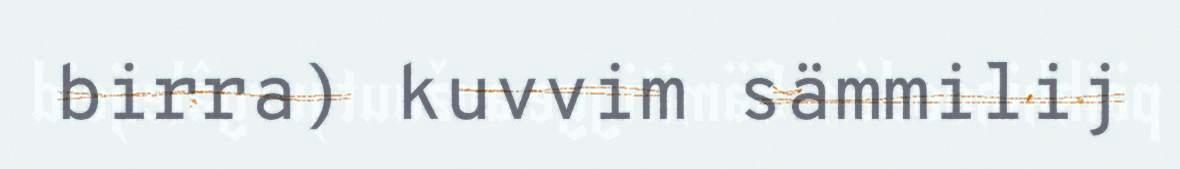
birra) kuvvim sämmilij